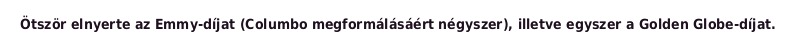
Ötször elnyerte az Emmy-díjat (Columbo megformálásáért négyszer), illetve egyszer a Golden Globe-díjat.